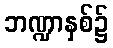
ဘဏ္ဍာနှစ်၌